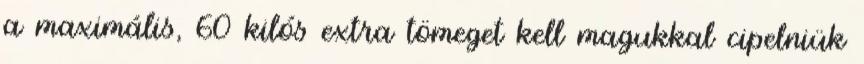
a maximális, 60 kilós extra tömeget kell magukkal cipelniük